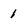
Character: 1